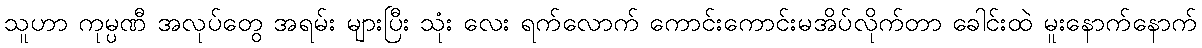
သူဟာ ကုမ္ပဏီ အလုပ်တွေ အရမ်း များပြီး သုံး လေး ရက်လောက် ကောင်းကောင်းမအိပ်လိုက်တာ ခေါင်းထဲ မူးနောက်နောက်